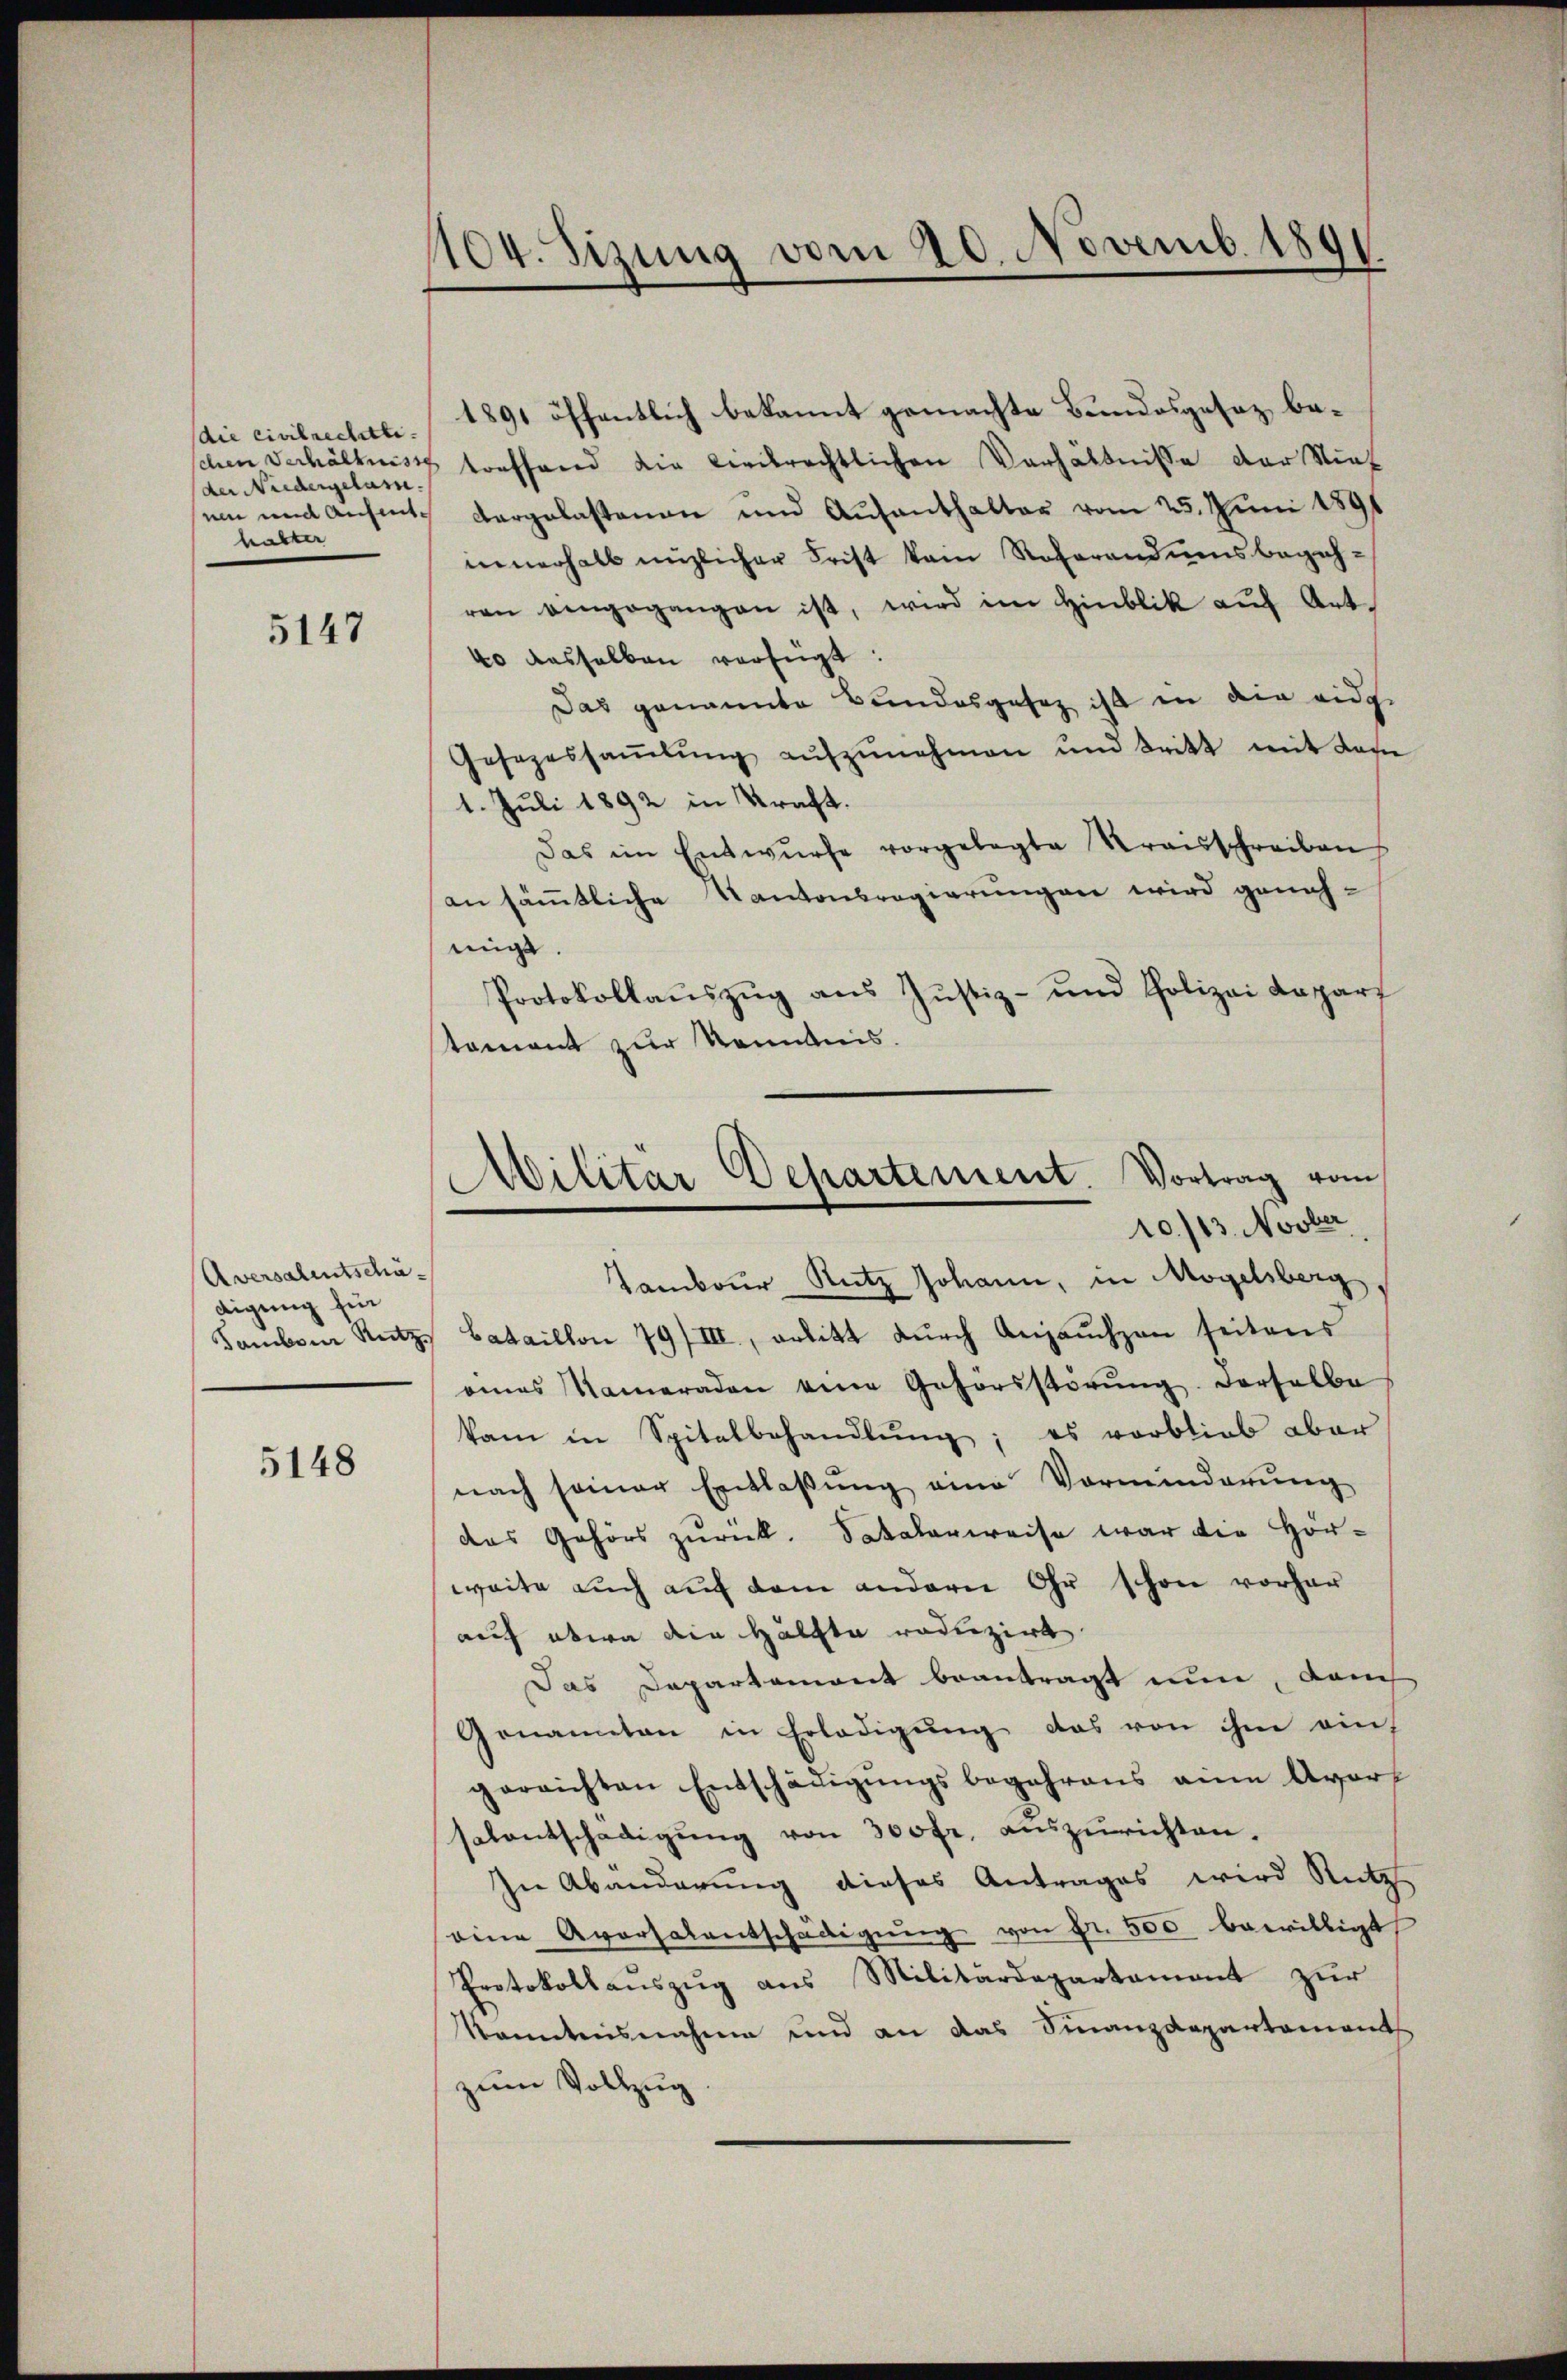
die civilrechtli
der Niedergelasse.
habter

5147

Aversalentschädigung für

5148

104. Sizung vom 20. Novemb. 1891.

1891 öffentlich bekannt gemachte Bundesgesez bechen Verhältnis treffend die liebrechtlichen Verhältnisse der Niet
uin und ansent dargelastenau und Aufenthalter vom 25. Juni 1891
innerhalb nüzlicher Frist kein Referandumsbegehren eingegangen ist, wird im Hinblik auf Art.
40 dasselben verfügt:
Das genannte Bundesgesetz ist in die eidge
Gesezessaṁlŭng aŭfzŭnehmen und tritt mit dem
1. Juli 1892 in Kraft.
Das im Entwürfe vorgelegte Kraisschreiben
an sämtliche Kantonsregierungen wird genehmigt.
Protokollaŭszŭg ans Justiz- und Polizei Daparf
tament zur Kenntnis.

Militär Departement. Vortrag vom
10./13. Novber

Tambour Rutz Johann, in Mögelsberg
Sambor Rutz, Bataillon 79/III, arbitt dŭrch Anjaŭchzen seitens
eines Kameraden eine Gehörsstörŭng derselbe
kam in Spitalbehandlŭng; es verblieb aber
nach seiner Entlaβŭng eine Vorminderŭng
das Gehörs zurück. Satalerweise war die Hör-
weite auch auf dem andern Ohr schon vorher
auf etwa die Hälfte roduzirt
Das Departamont beantragt nun, danch
Genannten in Erledigŭng das von ihm auf
gerrichten Entschädigŭngsbegehrens eine Avorf
salentschädigŭng von 300 fr. aŭszŭrichten.
In Abänderung dieses Antrages wird Nutz
eine Aversalentschädigŭng von Fr. 500 bewilligt
Protokollauszug aus Militärdepartement zur
kanntensnahme und an das Finanzdepartement
zum Vollzug